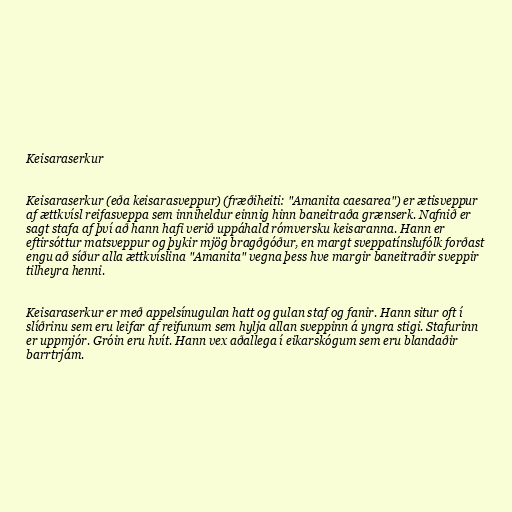
Keisaraserkur

Keisaraserkur (eða keisarasveppur) (fræðiheiti: "Amanita caesarea") er ætisveppur
af ættkvísl reifasveppa sem inniheldur einnig hinn baneitraða grænserk. Nafnið er
sagt stafa af því að hann hafi verið uppáhald rómversku keisaranna. Hann er
eftirsóttur matsveppur og þykir mjög bragðgóður, en margt sveppatínslufólk forðast
engu að síður alla ættkvíslina "Amanita" vegna þess hve margir baneitraðir sveppir
tilheyra henni.

Keisaraserkur er með appelsínugulan hatt og gulan staf og fanir. Hann situr oft í
slíðrinu sem eru leifar af reifunum sem hylja allan sveppinn á yngra stigi. Stafurinn
er uppmjór. Gróin eru hvít. Hann vex aðallega í eikarskógum sem eru blandaðir
barrtrjám.